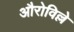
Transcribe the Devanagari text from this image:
औरोविल्ले